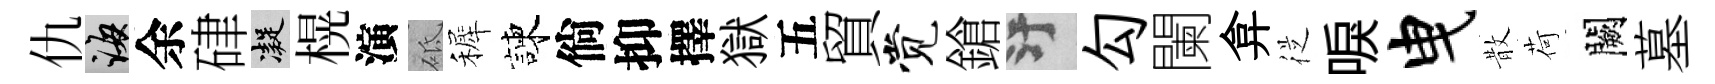
仇誨余硉凝榥演砥裤諫倘抑擇獄五貿觉鎗污勾闌弇従唳曳散荷闕墓